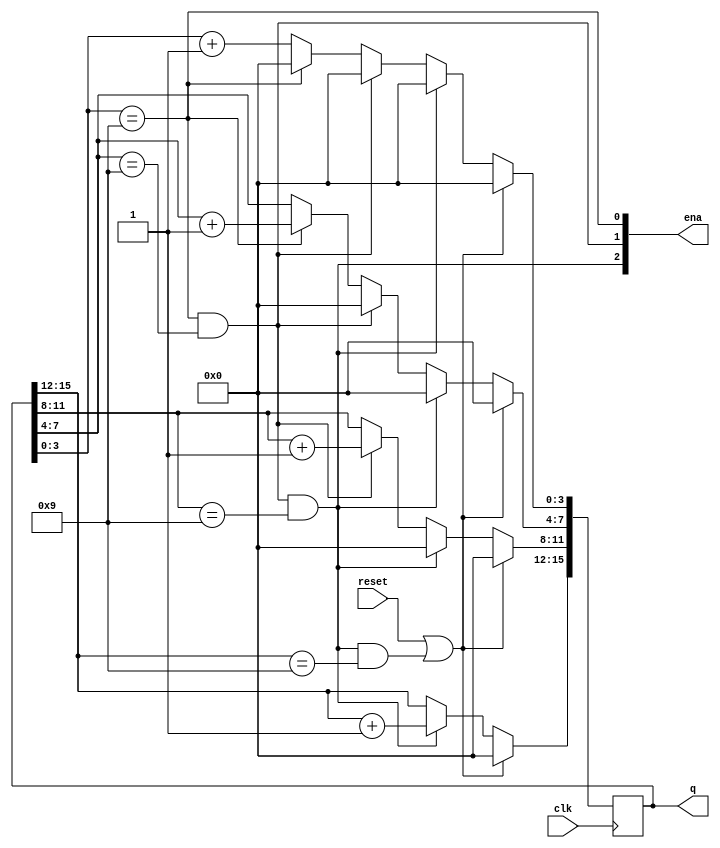
module top_module (
    input clk,
    input reset,   // Synchronous active-high reset
    output [3:1] ena,
    output reg [15:0] q);
    assign ena = {q[3:0] == 4'd9 && q[7:4] == 4'd9 && q[11:8] == 4'd9, q[3:0] == 4'd9 && q[7:4] == 4'd9, q[3:0] == 4'd9};
always @ (posedge clk) begin
    if(reset | ena[3] & q[15:12] == 4'd9)
        q <= 16'b0;
    else if(ena[3])begin
        q[3:0] <= 4'b0;
        q[7:4] <= 4'b0;
        q[11:8] <= 4'b0;
        q[15:12] <= q[15:12]+1'b1;
    end
    else if(ena[2])begin
        q[3:0] <= 4'b0;
        q[7:4] <= 4'b0;
        q[11:8] <= q[11:8]+1'b1;
    end
    else if(ena[1])begin
        q[3:0] <= 4'b0;
        q[7:4] <= q[7:4]+1'b1;
    end
    else
        q[3:0] <= q[3:0]+1'b1;

end 
endmodule